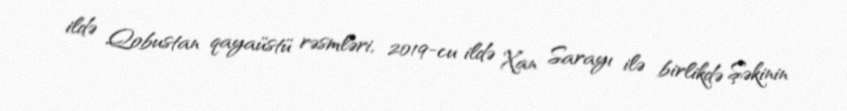
ildə Qobustan qayaüstü rəsmləri, 2019-cu ildə Xan Sarayı ilə birlikdə Şəkinin